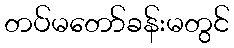
တပ်မတော်ခန်းမတွင်